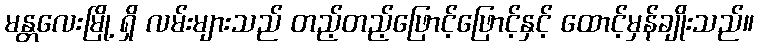
မန္တလေးမြို့ ရှိ လမ်းများသည် တည့်တည့်ဖြောင့်ဖြောင့်နှင့် ထောင့်မှန်ချိုးသည်။